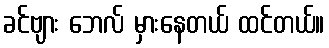
ခင်ဗျား ဘေလ် မှားနေတယ် ထင်တယ်။